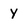
Character: Y